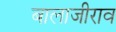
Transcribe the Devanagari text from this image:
बालाजीराव